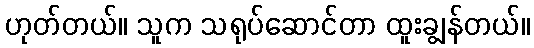
ဟုတ်တယ်။ သူက သရုပ်ဆောင်တာ ထူးချွန်တယ်။